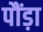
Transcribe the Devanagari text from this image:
पौंड़ा